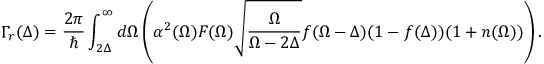
\Gamma _ { r } ( \Delta ) = \frac { 2 \pi } { \hbar } \int _ { 2 \Delta } ^ { \infty } d \Omega \left( \alpha ^ { 2 } ( \Omega ) F ( \Omega ) \sqrt { \frac { \Omega } { \Omega - 2 \Delta } } f ( \Omega - \Delta ) ( 1 - f ( \Delta ) ) ( 1 + n ( \Omega ) ) \right) .